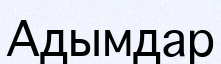
Адымдар